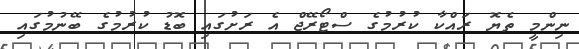
ނިންމީ ތެޔޮ ރައްކާ ކުރުމުގެ ސްޓޯރޭޖް އެ ރަށުގައި ބޮޑު ކުރުމުގެ ބޭނުމުގައި